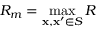
R _ { m } = \operatorname* { m a x } _ { \mathbf { x } , \mathbf { x } ^ { \prime } \in S } R